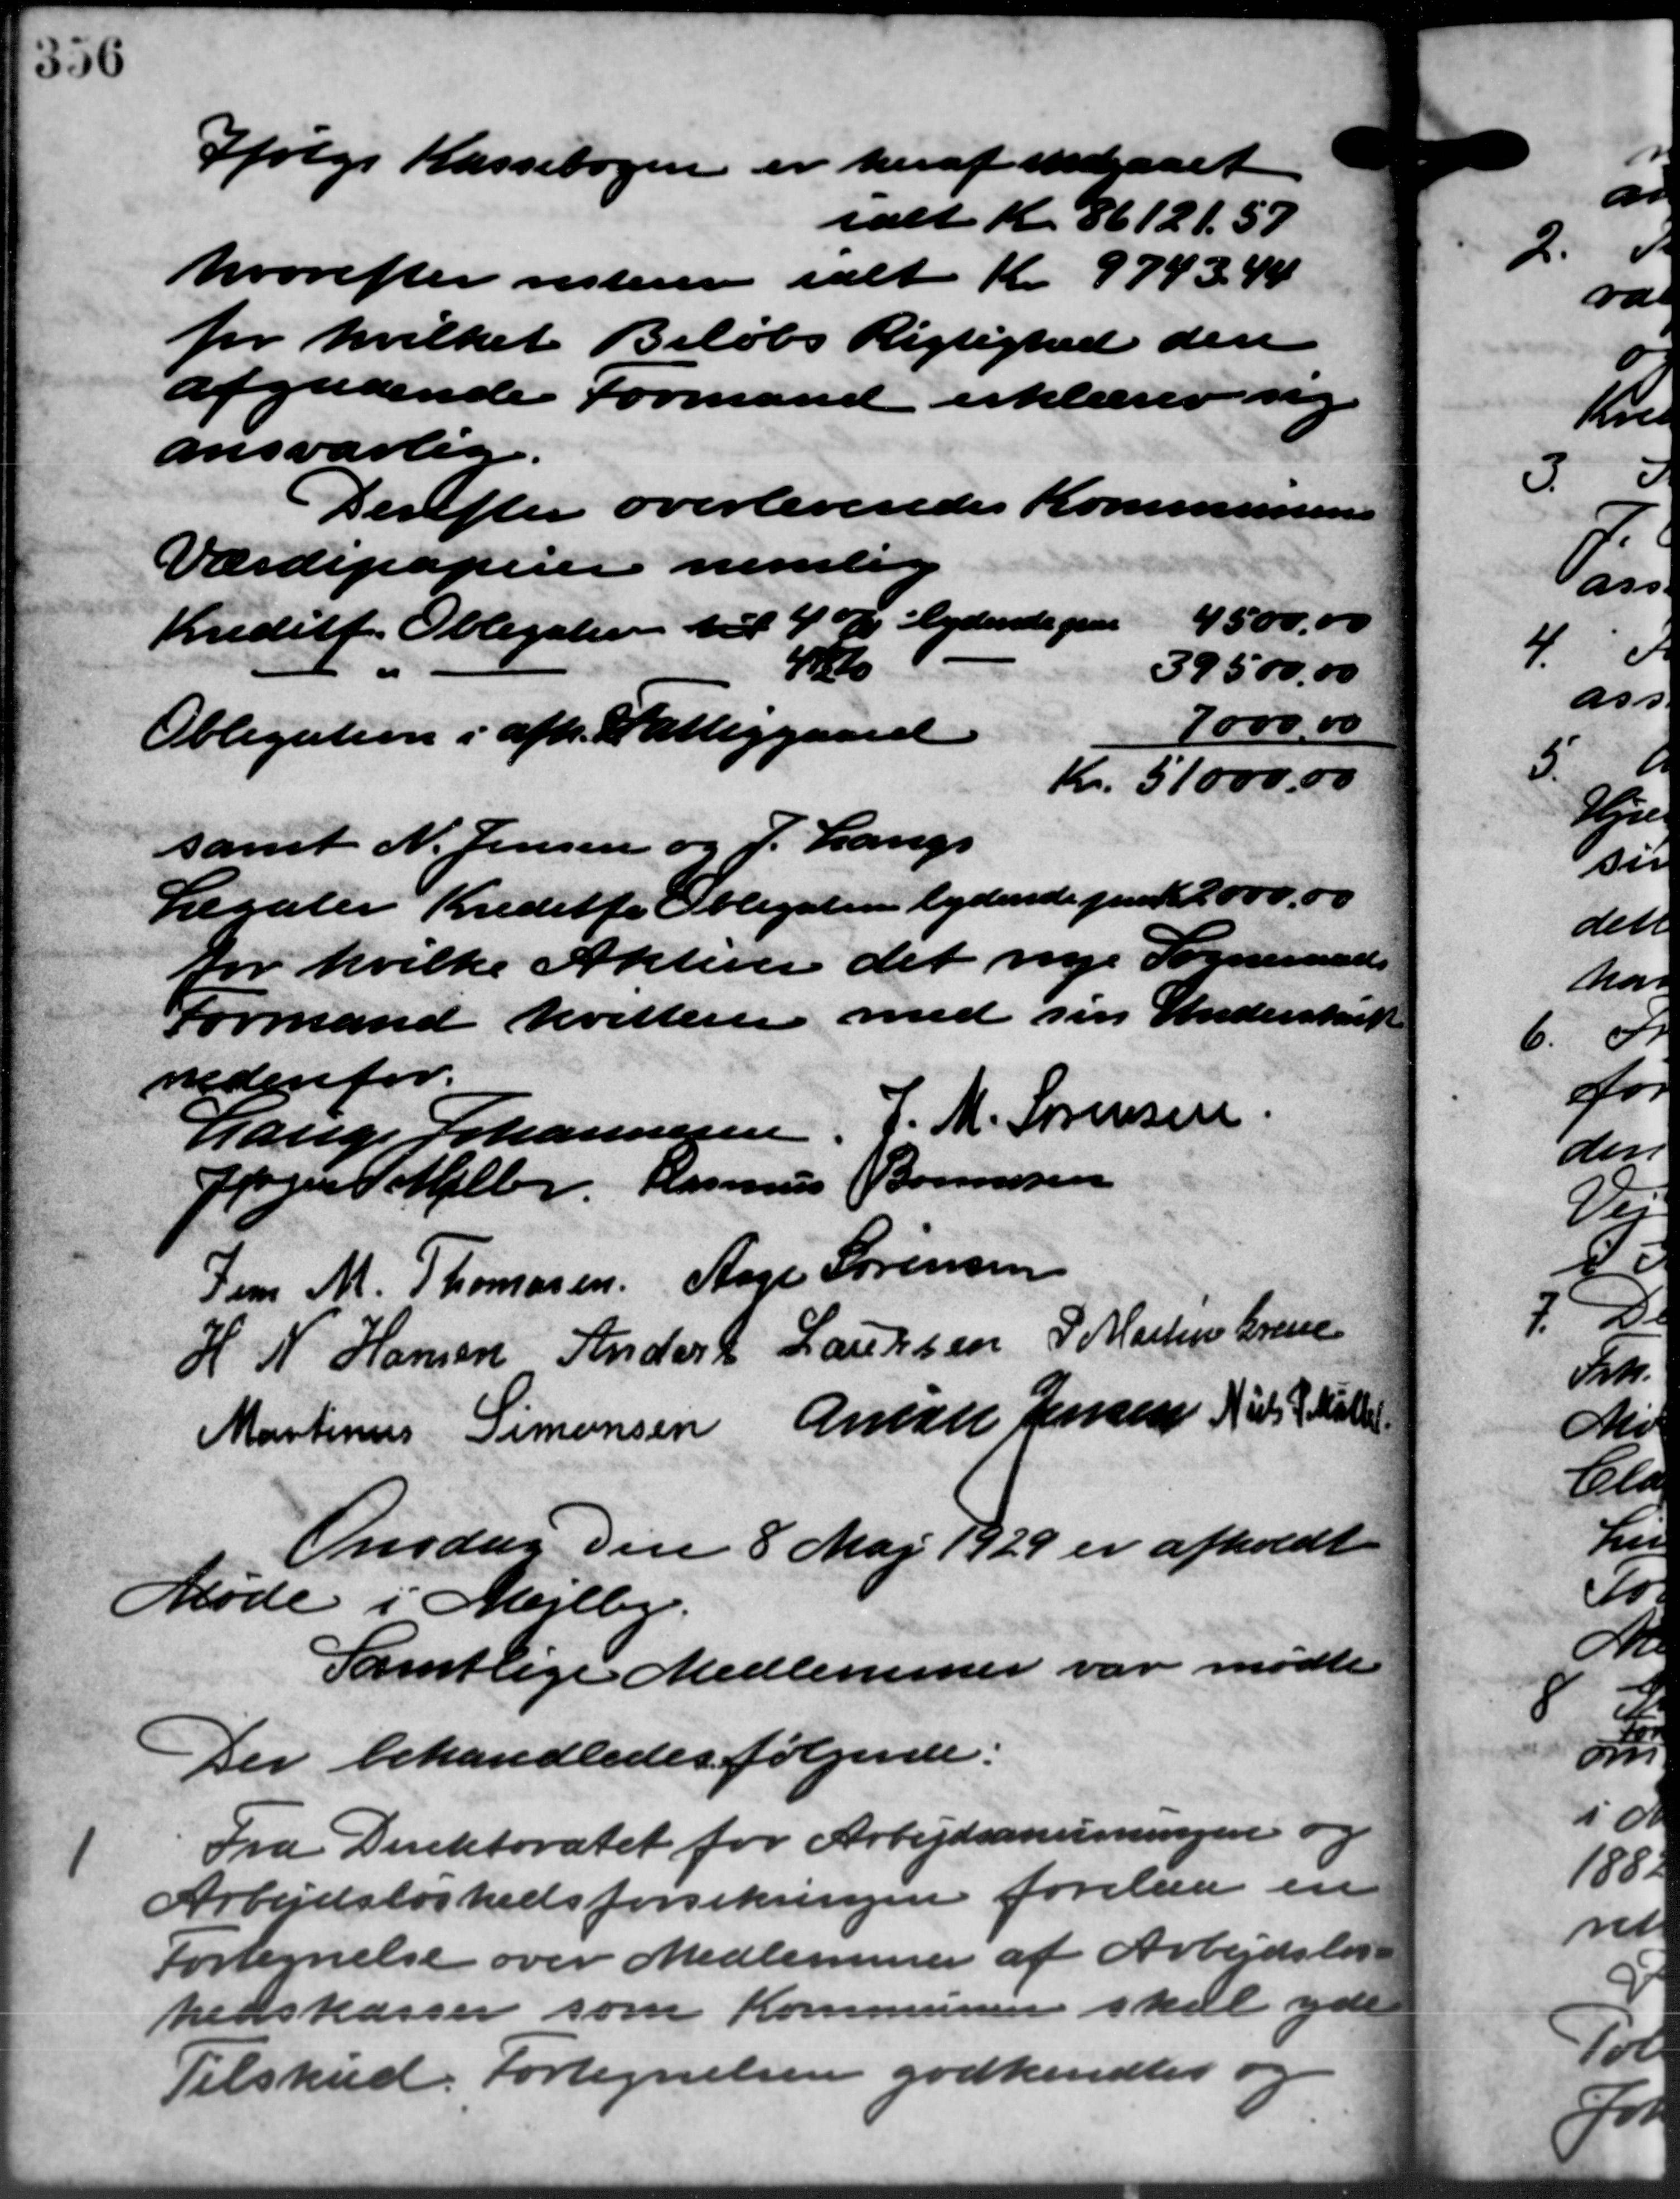
Transskription:
Ifølge Kassebogen er heraf indgaaet
ialt Kr. 86121,57
hvorefter resteren ialt Kr. 9793,44
for hvilket Beløbs Rigtighed den
afgaaende Formand erklærer sig
ansvarlig.
Derefter overleveredes Kommunens
Værdipapirer nemli
Kreditf. Obligation til 4 % lydende paa 4500,00
40
39500,00
7000,00
Obligation i afh. Fattiggaard
Kr. 51000.00
samt N. Jensen og J. Langs
Legater Kreditfe Obligaten lydende paa Kr 2000,00
for hvilke Aktiver det nye Sogneraads
Formand kvitter med sin Underskriv
nedenfor
Lauge Johannesen, J. M. Sørensen.
Jørgen Melby. Rasmus Bonnesen
Jens M. Thomasen Aage Sørensen
H. N. Hansen Anders Laursen P. Martin Gren
Martinus Simonsen Anine Jensen Niels Skole
Onsdag den 8 Maj 1929 er afholdt
Møde i Mejlby.
Samtlige Medlemmer var mødte
Der behandledes følgende:

Fra Direktoratet for Arbejdsanvisningen og
Arbejdsløshedsforsikringen forelaa en
Fortegnelse over Medlemmer af Arbejdsløs-
hedskasser som Kommunen skal yde
Tilskud. Fortegnelsen godkendtes.